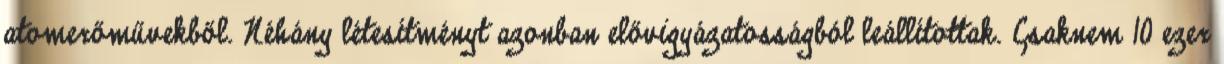
atomerőművekből. Néhány létesítményt azonban elővigyázatosságból leállítottak. Csaknem 10 ezer